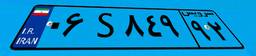
۰۶S۸۴۹۹۲